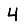
Digit: 4